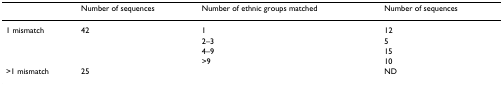
|  | Number of sequences | Number of ethnic groups matched | Number of sequences |
 | --- | --- | --- | --- |
 | 1 mismatch | 42 | 1 | 12 |
 |  |  | 2–3 | 5 |
 |  |  | 4–9 | 15 |
 |  |  | >9 | 10 |
 | >1 mismatch | 25 |  | ND |